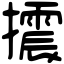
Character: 𢸍